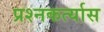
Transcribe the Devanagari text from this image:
प्रश्नकर्त्यास